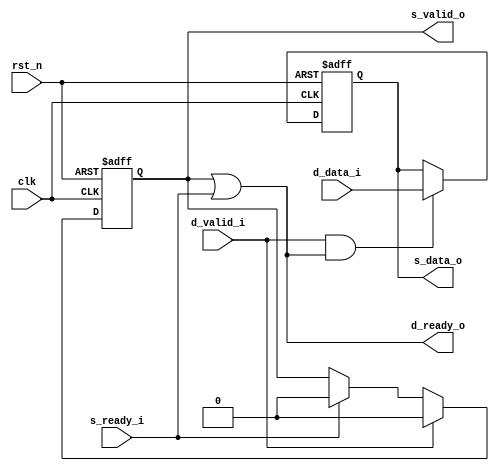
module handshake_basic(
		input clk,
		input rst_n,
		
		//source
		input		s_ready_i,  //module downstream is ready to accept data
		output	s_valid_o,  //module has valid data at its output
		output	s_data_o,
		
		//des
		input		d_valid_i,  //module upstream has valid data to transfer
		input		d_data_i,
		output	d_ready_o //module ready to accept data
		
);

reg  s_valid_o_r;
reg  s_data_o_r;

always @(posedge clk or negedge rst_n)begin
		if(~rst_n) //
			s_valid_o_r <= 1'b0;
		else if(d_valid_i)  //dessource
			s_valid_o_r <= 1'b0; 
		else if(s_ready_i)  //readydesvalid
			s_valid_o_r <= 1'b0;
end		

always @(posedge clk or negedge rst_n) begin
		if(~rst_n)
			s_data_o_r <= 1'b0;
		else if(d_valid_i && d_ready_o)  //desvalid readysource
			s_data_o_r <= d_data_i;
			
end


assign s_valid_o = s_valid_o_r;
assign s_data_o = s_data_o_r;
assign d_ready_o = (s_valid_o_r) | s_ready_i; 
endmodule





//test
`timescale 1ns/1ps

module handshake_basic_tb;

		reg 				clk;
		reg 				rst_n;
				
		reg					s_ready_i;  
		wire				s_valid_o;  
		wire				s_data_o;
				
		
		reg					d_valid_i;  
		reg					d_data_i;
		wire				d_ready_o; 


initial begin
				 clk <= 1'b0;
				 rst_n <= 1'b1;
				 s_ready_i <= 0;d_valid_i <= 0;d_data_i <= 0;rst_n <= 1'b1;
		#10  s_ready_i <= 1;d_valid_i <= 0;d_data_i <= 1;rst_n <= 1'b0;
		#10  s_ready_i <= 0;d_valid_i <= 1;d_data_i <= 1;rst_n <= 1'b1;
		#10  s_ready_i <= 1;d_valid_i <= 0;d_data_i <= 0;rst_n <= 1'b1;
		#10  s_ready_i <= 1;d_valid_i <= 0;d_data_i <= 1;rst_n <= 1'b1;
		#10  s_ready_i <= 0;d_valid_i <= 1;d_data_i <= 0;rst_n <= 1'b0;
		#10  s_ready_i <= 1;d_valid_i <= 0;d_data_i <= 1;rst_n <= 1'b1;
		#10  s_ready_i <= 0;d_valid_i <= 1;d_data_i <= 0;rst_n <= 1'b0;
		#10  $stop;
		$finish                         ;
end

always@(*) 
begin
		#10  clk <= ~clk;
end


endmodule